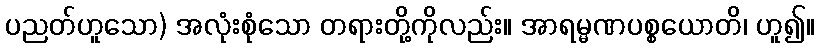
ပညတ်ဟူသော) အလုံးစုံသော တရားတို့ကိုလည်း။ အာရမ္မဏပစ္စယောတိ၊ ဟူ၍။